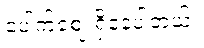
ပေါက်ဈေးရှိနေပါတယ်။